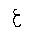
Letter: _ayn